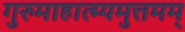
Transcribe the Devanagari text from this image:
गुरुमाहात्म्यमुत्तमम्